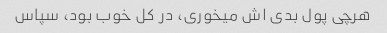
هرچی پول بدی اش میخوری، در کل خوب بود، سپاس